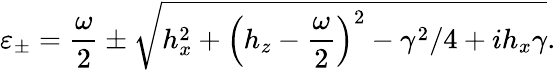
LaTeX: \varepsilon_{\pm}=\frac{\omega}{2}\pm\sqrt{h_{x}^{2}+\left(h_{z}-\frac{\omega}{2}\right)^{2}-\gamma^{2}/4+ih_{x}\gamma}.